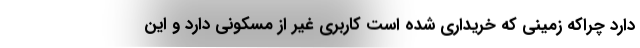
دارد چراکه زمینی که خریداری شده است کاربری غیر از مسکونی دارد و این